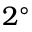
2 ^ { \circ }